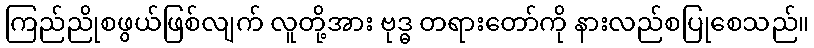
ကြည်ညိုစဖွယ်ဖြစ်လျက် လူတို့အား ဗုဒ္ဓ တရားတော်ကို နားလည်စပြုစေသည်။